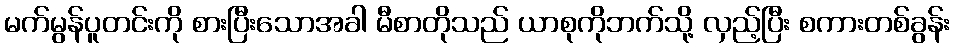
မက်မွန်ပူတင်းကို စားပြီးသောအခါ မီစာတိုသည် ယာစုကိုဘက်သို့ လှည့်ပြီး စကားတစ်ခွန်း